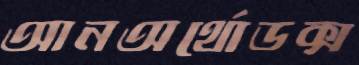
আনঅর্থোডক্স